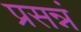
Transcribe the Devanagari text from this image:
प्रसन्नं